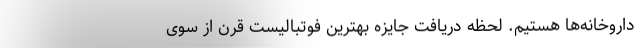
داروخانه‌ها هستیم. لحظه دریافت جایزه بهترین فوتبالیست قرن از سوی